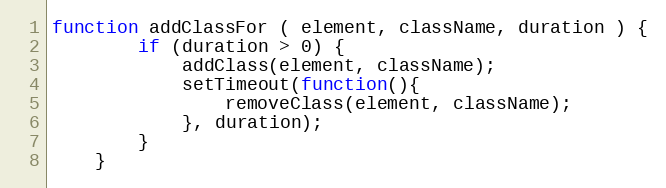
Language: JavaScript
function addClassFor ( element, className, duration ) {
        if (duration > 0) {
            addClass(element, className);
            setTimeout(function(){
                removeClass(element, className);
            }, duration);
        }
    }